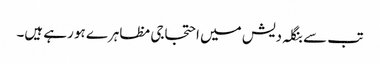
تب سے بنگلہ دیش میں احتجاجی مظاہرے ہو رہے ہیں۔